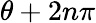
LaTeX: \theta+2n\pi